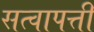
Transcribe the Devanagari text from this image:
सत्वापत्ती